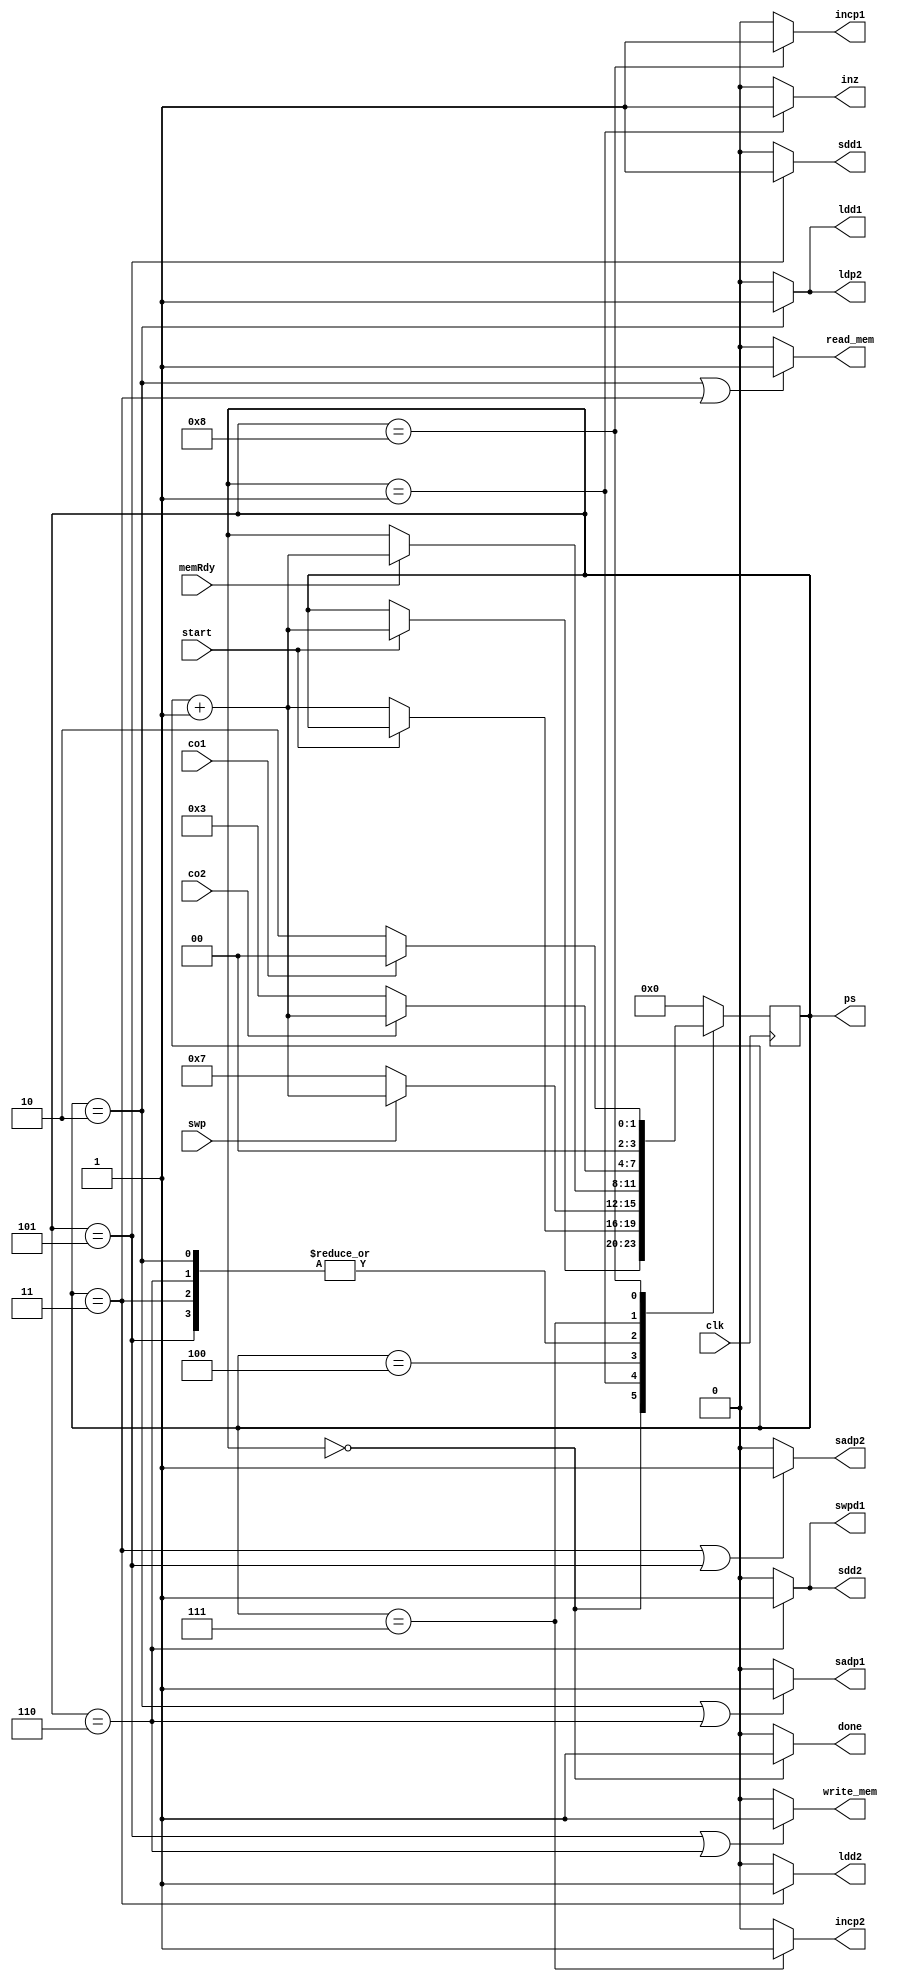
`timescale 1ns/1ns

module SS_controler(input clk, start, co1, co2, swp, memRdy, output incp1, incp2, inz, ldp2, sadp1, sadp2, sdd1, sdd2, ldd1, ldd2, swpd1, read_mem, write_mem, done, output reg [3:0]ps);
    reg [3:0] ns;
    //reg [3:0] ps;

    always@(ps, start, co1, co2, swp, memRdy) begin
        ns=4'd0;
            case(ps)
                0: ns = start ? ps + 4'd1 : ps;
                1: ns = start ? ps : ps + 4'd1;
                2: ns = memRdy ? ps + 4'd1 : ps;
                3: ns = memRdy ? ps + 4'd1 : ps;
                4: ns = swp ? ps + 4'd1 : 4'd7;
                5: ns = memRdy ? ps + 4'd1 : ps;
                6: ns = memRdy ? ps + 4'd1 : ps;
                7: ns = co2 ? ps + 4'd1 : 4'd3;
                8: ns = co1 ?  4'd0 : 4'd2;
                default: ns = 4'd0;
            endcase
    end

    always@(posedge clk) begin

        ps<=ns;
    end

    assign done = (ps==4'd0) ? 1'b1 : 1'b0;
    assign inz = (ps==4'd1) ? 1'b1 : 1'b0;
    assign ldp2 = (ps==4'd2) ? 1'b1 : 1'b0;
    assign sadp1 = (ps==4'd2 || ps==4'd6) ? 1'b1 : 1'b0;
    assign ldd1 = (ps==4'd2) ? 1'b1 : 1'b0;
    assign read_mem = (ps==4'd2 || ps==4'd3) ? 1'b1 : 1'b0;
    assign ldd2 = (ps==4'd3) ? 1'b1 : 1'b0;
    assign sadp2 = (ps==4'd3 || ps==4'd5) ? 1'b1 : 1'b0;
    assign write_mem = (ps==4'd5 || ps==4'd6) ? 1'b1 : 1'b0;
    assign sdd1 = (ps==4'd5) ? 1'b1 : 1'b0;
    assign sdd2 = (ps==4'd6) ? 1'b1 : 1'b0;
    assign swpd1 = (ps==4'd6) ? 1'b1 : 1'b0;
    assign incp2 = (ps==4'd7) ? 1'b1 : 1'b0;
    assign incp1 = (ps==4'd8) ? 1'b1 : 1'b0;

endmodule